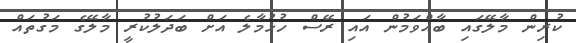
ކުރިން މާލޭގައި ބާއްވަމުން އައި ރޭސް ހުޅުމާލެ އަށް ބަދަލުކުރީ މާލޭގެ މަގުތައް